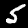
Digit: 5